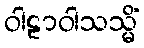
ဝါဠာဝါသသ္မိံ